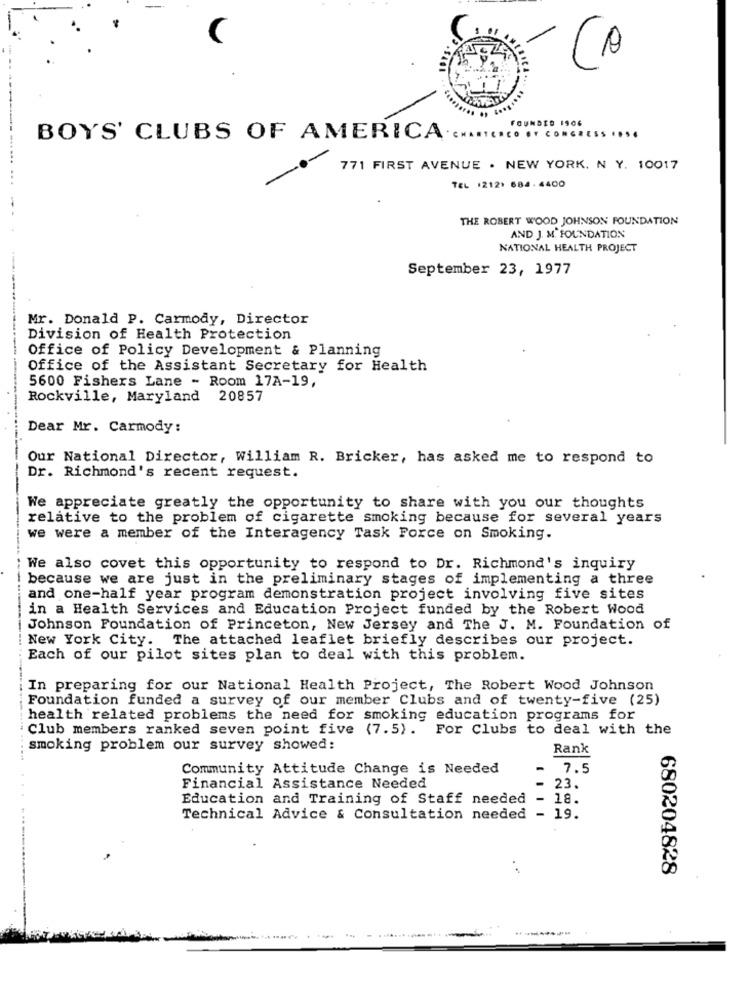
FOUNDED 1906
BOYS' CLUBS OF AMERICA.
-------------
771 FIRST AVENUE . NEW YORK, N Y. 10017
TEL :212) 684.4400
THE ROBERT WOOD JOHNSON FOUNDATION
AND J. M. FOUNDATION
NATIONAL HEALTH PROJECT
September 23, 1977
Mr. Donald P. Carmody, Director
Division of Health Protection
Office of Policy Development & Planning
Office of the Assistant Secretary for Health
5600 Fishers Lane - Room 17A-19,
Rockville, Maryland 20857
Dear Mr. Carmody:
Our National Director, William R. Bricker, has asked me to respond to
Dr. Richmond's recent request.
We appreciate greatly the opportunity to share with you our thoughts
relative to the problem of cigarette smoking because for several years
we were a member of the Interagency Task Force on Smoking.
We also covet this opportunity to respond to Dr. Richmond's inquiry
because we are just in the preliminary stages of implementing a three
and one-half year program demonstration project involving five sites
in a Health Services and Education Project funded by the Robert Wood
Johnson Foundation of Princeton, New Jersey and The J. M. Foundation of
New York City. The attached leaflet briefly describes our project.
Each of our pilot sites plan to deal with this problem.
In preparing for our National Health Project, The Robert Wood Johnson
Foundation funded a survey of our member Clubs and of twenty-five (25)
health related problems the need for smoking education programs for
Club members ranked seven point five (7.5). For Clubs to deal with the
smoking problem our survey showed:
Rank
Community Attitude Change is Needed
7.5
Financial Assistance Needed
23.
Education and Training of Staff needed
. 18.
Technical Advice & Consultation needed - 19.
-----
680204828